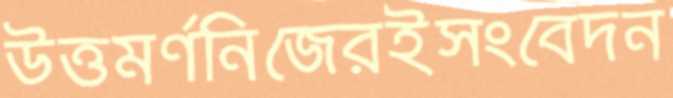
উত্তমর্ণনিজেরইসংবেদন